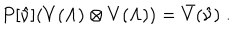
P [ \hat { \nu } ] ( V ( \Lambda ) \otimes V ( \Lambda ) ) = \bar { V } ( \hat { \nu } ) \; .